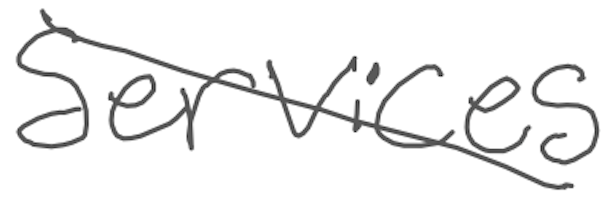
Text: services
Cross-out: diagonal
Writing tool: digital_gray